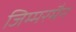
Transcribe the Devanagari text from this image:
जिम्मरमैन